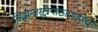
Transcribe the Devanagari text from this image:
सिद्धान्तसूत्रपाठाप्रमाणेच